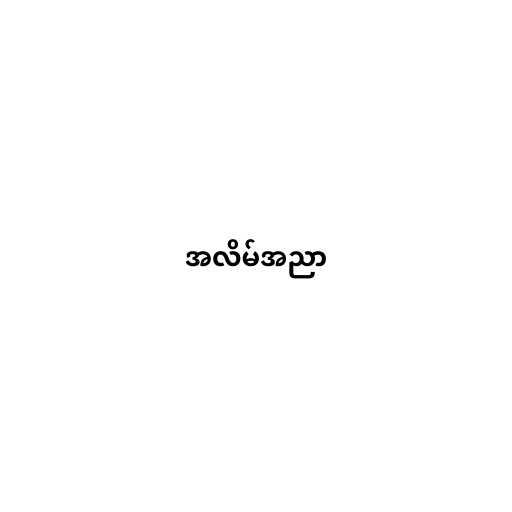
အလိမ်အညာ